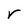
Character: r